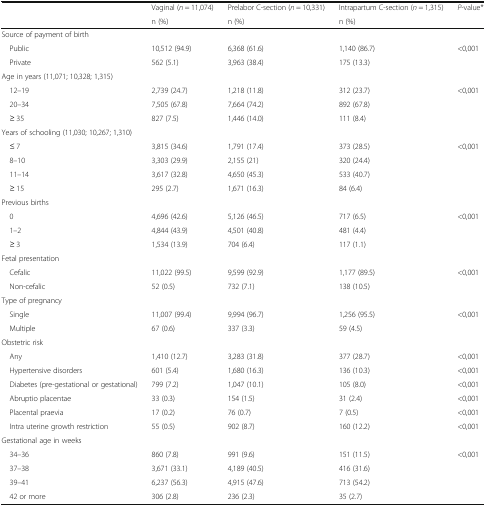
<table><thead><tr><td></td><td><b>Vaginal (<i>n</i> = 11,074)</b></td><td><b>Prelabor C-section (<i>n</i> = 10,331)</b></td><td><b>Intrapartum C-section (<i>n</i> = 1,315)</b></td><td rowspan="2"><b><i>P</i>-value*</b></td></tr><tr><td></td><td><b>n (%)</b></td><td><b>n (%)</b></td><td><b>n (%)</b></td></tr></thead><tbody><tr><td colspan="5">Source of payment of birth</td></tr><tr><td> Public</td><td>10,512 (94.9)</td><td>6,368 (61.6)</td><td>1,140 (86.7)</td><td>&lt;0,001</td></tr><tr><td> Private</td><td>562 (5.1)</td><td>3,963 (38.4)</td><td>175 (13.3)</td><td></td></tr><tr><td colspan="5">Age in years (11,071; 10,328; 1,315)</td></tr><tr><td> 12–19</td><td>2,739 (24.7)</td><td>1,218 (11.8)</td><td>312 (23.7)</td><td>&lt;0,001</td></tr><tr><td> 20–34</td><td>7,505 (67.8)</td><td>7,664 (74.2)</td><td>892 (67.8)</td><td></td></tr><tr><td> ≥ 35</td><td>827 (7.5)</td><td>1,446 (14.0)</td><td>111 (8.4)</td><td></td></tr><tr><td colspan="5">Years of schooling (11,030; 10,267; 1,310)</td></tr><tr><td> ≤ 7</td><td>3,815 (34.6)</td><td>1,791 (17.4)</td><td>373 (28.5)</td><td>&lt;0,001</td></tr><tr><td> 8–10</td><td>3,303 (29.9)</td><td>2,155 (21)</td><td>320 (24.4)</td><td></td></tr><tr><td> 11–14</td><td>3,617 (32.8)</td><td>4,650 (45.3)</td><td>533 (40.7)</td><td></td></tr><tr><td> ≥ 15</td><td>295 (2.7)</td><td>1,671 (16.3)</td><td>84 (6.4)</td><td></td></tr><tr><td colspan="5">Previous births</td></tr><tr><td> 0</td><td>4,696 (42.6)</td><td>5,126 (46.5)</td><td>717 (6.5)</td><td>&lt;0,001</td></tr><tr><td> 1–2</td><td>4,844 (43.9)</td><td>4,501 (40.8)</td><td>481 (4.4)</td><td></td></tr><tr><td> ≥ 3</td><td>1,534 (13.9)</td><td>704 (6.4)</td><td>117 (1.1)</td><td></td></tr><tr><td colspan="5">Fetal presentation</td></tr><tr><td> Cefalic</td><td>11,022 (99.5)</td><td>9,599 (92.9)</td><td>1,177 (89.5)</td><td>&lt;0,001</td></tr><tr><td> Non-cefalic</td><td>52 (0.5)</td><td>732 (7.1)</td><td>138 (10.5)</td><td></td></tr><tr><td colspan="5">Type of pregnancy</td></tr><tr><td> Single</td><td>11,007 (99.4)</td><td>9,994 (96.7)</td><td>1,256 (95.5)</td><td>&lt;0,001</td></tr><tr><td> Multiple</td><td>67 (0.6)</td><td>337 (3.3)</td><td>59 (4.5)</td><td></td></tr><tr><td colspan="5">Obstetric risk</td></tr><tr><td> Any</td><td>1,410 (12.7)</td><td>3,283 (31.8)</td><td>377 (28.7)</td><td>&lt;0,001</td></tr><tr><td> Hypertensive disorders</td><td>601 (5.4)</td><td>1,680 (16.3)</td><td>136 (10.3)</td><td>&lt;0,001</td></tr><tr><td> Diabetes (pre-gestational or gestational)</td><td>799 (7.2)</td><td>1,047 (10.1)</td><td>105 (8.0)</td><td>&lt;0,001</td></tr><tr><td> Abruptio placentae</td><td>33 (0.3)</td><td>154 (1.5)</td><td>31 (2.4)</td><td>&lt;0,001</td></tr><tr><td> Placental praevia</td><td>17 (0.2)</td><td>76 (0.7)</td><td>7 (0.5)</td><td>&lt;0,001</td></tr><tr><td> Intra uterine growth restriction</td><td>55 (0.5)</td><td>902 (8.7)</td><td>160 (12.2)</td><td>&lt;0,001</td></tr><tr><td colspan="5">Gestational age in weeks</td></tr><tr><td> 34–36</td><td>860 (7.8)</td><td>991 (9.6)</td><td>151 (11.5)</td><td>&lt;0,001</td></tr><tr><td> 37–38</td><td>3,671 (33.1)</td><td>4,189 (40.5)</td><td>416 (31.6)</td><td></td></tr><tr><td> 39–41</td><td>6,237 (56.3)</td><td>4,915 (47.6)</td><td>713 (54.2)</td><td></td></tr><tr><td> 42 or more</td><td>306 (2.8)</td><td>236 (2.3)</td><td>35 (2.7)</td><td></td></tr></tbody></table>